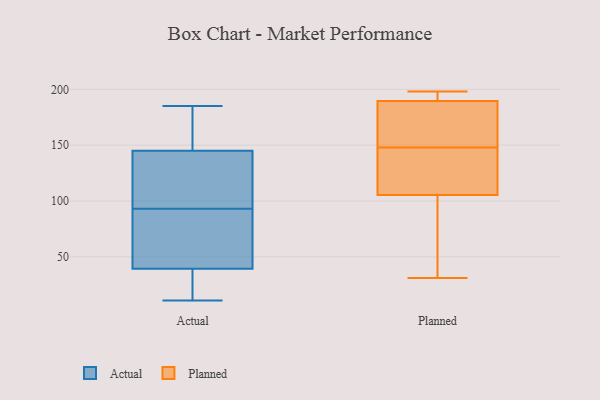
{"axis": {"x": "Temperature (°C)", "y": "Value"}, "legend": ["Actual", "Planned"], "data": [{"x": "", "y": 160, "type": "Actual"}, {"x": "", "y": 93, "type": "Actual"}, {"x": "", "y": 172, "type": "Actual"}, {"x": "", "y": 34, "type": "Actual"}, {"x": "", "y": 110, "type": "Actual"}, {"x": "", "y": 70, "type": "Actual"}, {"x": "", "y": 18, "type": "Actual"}, {"x": "", "y": 11, "type": "Actual"}, {"x": "", "y": 185, "type": "Actual"}, {"x": "", "y": 41, "type": "Actual"}, {"x": "", "y": 83, "type": "Actual"}, {"x": "", "y": 140, "type": "Actual"}, {"x": "", "y": 111, "type": "Actual"}, {"x": "", "y": 11, "type": "Actual"}, {"x": "", "y": 174, "type": "Actual"}, {"x": "", "y": 96, "type": "Actual"}, {"x": "", "y": 65, "type": "Actual"}, {"x": "", "y": 198, "type": "Planned"}, {"x": "", "y": 51, "type": "Planned"}, {"x": "", "y": 31, "type": "Planned"}, {"x": "", "y": 175, "type": "Planned"}, {"x": "", "y": 191, "type": "Planned"}, {"x": "", "y": 189, "type": "Planned"}, {"x": "", "y": 193, "type": "Planned"}, {"x": "", "y": 98, "type": "Planned"}, {"x": "", "y": 148, "type": "Planned"}, {"x": "", "y": 149, "type": "Planned"}, {"x": "", "y": 125, "type": "Planned"}, {"x": "", "y": 120, "type": "Planned"}, {"x": "", "y": 108, "type": "Planned"}]}